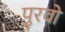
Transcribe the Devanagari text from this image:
पुरवो